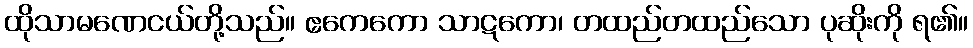
ထိုသာမဏေငယ်တို့သည်။ ဧကေကော သာဋကော၊ တထည်တထည်သော ပုဆိုးကို ရ၏။